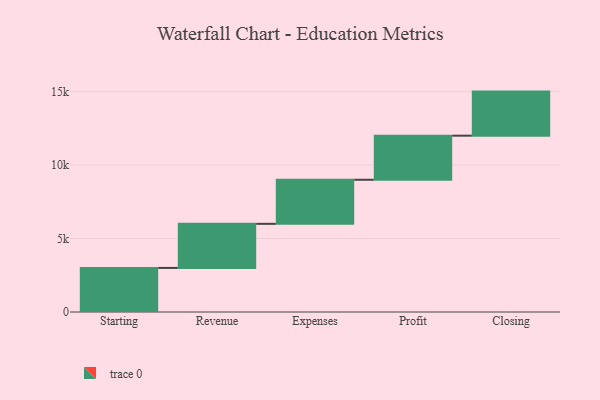
{"axis": {"x": "Step", "y": "Value"}, "legend": [""], "data": [{"x": "Starting", "y": 3000, "type": ""}, {"x": "Revenue", "y": 3000, "type": ""}, {"x": "Expenses", "y": 3000, "type": ""}, {"x": "Profit", "y": 3000, "type": ""}, {"x": "Closing", "y": 3000, "type": ""}]}